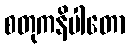
စတုကနိပါတော